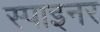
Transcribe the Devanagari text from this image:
स्पाइनर